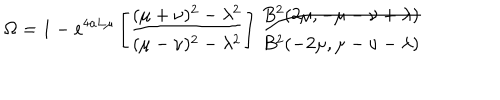
\Omega = 1 - e ^ { 4 a L \mu } \left[ \frac { ( \mu + \nu ) ^ { 2 } - \lambda ^ { 2 } } { ( \mu - \nu ) ^ { 2 } - \lambda ^ { 2 } } \right] \frac { B ^ { 2 } ( 2 \mu , - \mu - \nu + \lambda ) } { B ^ { 2 } ( - 2 \mu , \mu - \nu - \lambda ) }